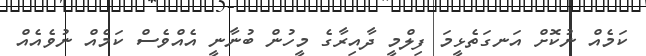
ކަމެއް ނުކޮށް އަނގަތެޅީމަ ފިލްމީ ދާއިރާގެ މީހުން ބުނާނީ އެއްވެސް ކަމެއް ނުވެއެއް